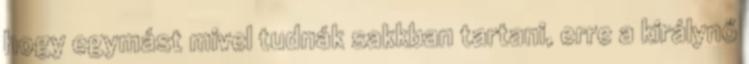
hogy egymást mivel tudnák sakkban tartani, erre a királynő